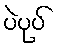
ပဲပုပ်